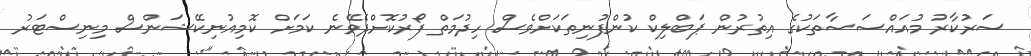
ސަރުކާރު މުއައްސަސާތަކުގެ އިތުރުން ޕަބްލިކް ކުންފުނިތަކަށްވެސް ހިދުމަތް ފޯރުކޮށްދެވޭނެ ކަމަށް ކޮމިއުނިކޭޝަންސް މިނިސްޓަރު